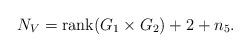
LaTeX: \begin{align*}N_V={\rm rank}(G_1\times G_2)+2+n_5.\end{align*}